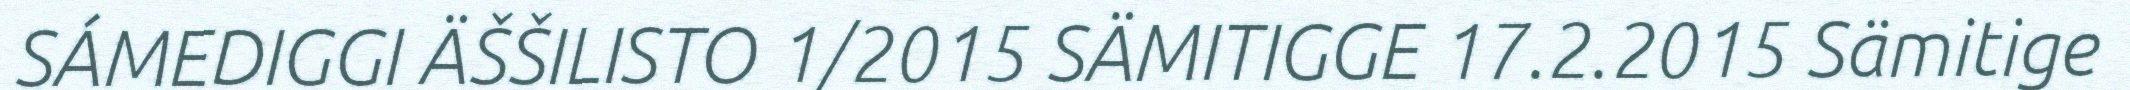
SÁMEDIGGI ÄŠŠILISTO 1/2015 SÄMITIGGE 17.2.2015 Sämitige